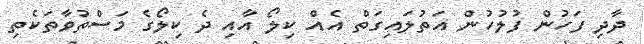
ދާދި ފަހުން ފުލުހުން އަތުލައިގަތް އެއް ކިލޯ އާއި ދެ ކިލޯގެ މަސްތުވާތަކެތި